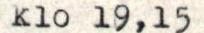
klo 19,15